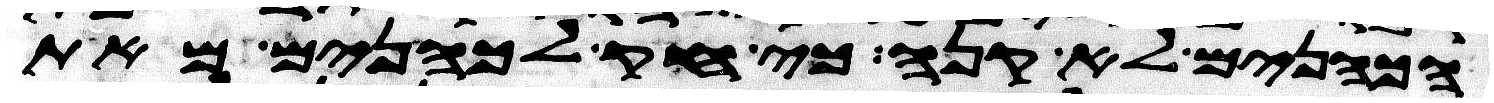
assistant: הכהנים לא קנה כי חק לכהנים מאת